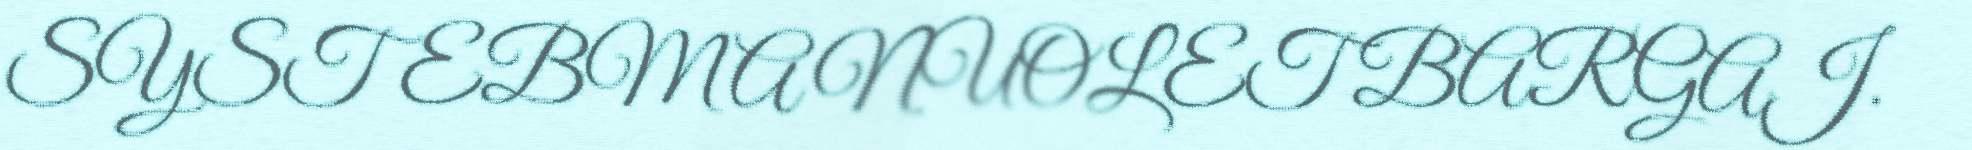
SYSTEBMA NUOLET BARGAJ.